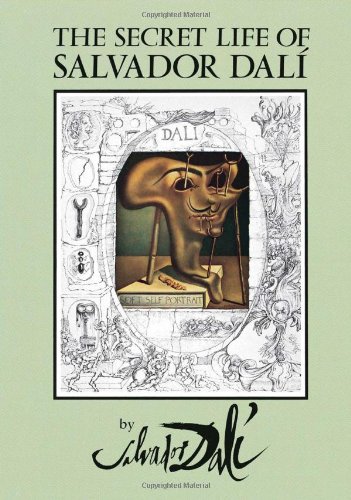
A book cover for The Secret Life of Salvador DalÃ­ (Dover Fine Art, History of Art); Salvador Dali; Arts & Photography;